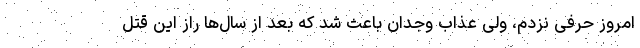
امروز حرفی نزدم، ولی عذاب وجدان باعث شد که بعد از سال‌ها راز این قتل